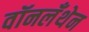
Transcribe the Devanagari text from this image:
वॉनलँथेन